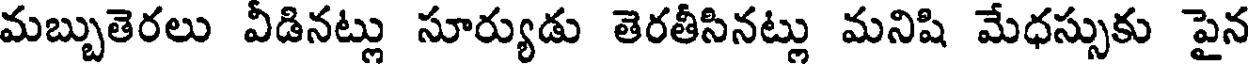
మబ్బుతెరలు వీడినట్లు సూర్యుడు తెరతీసినట్లు మనిషి మేధస్సుకు పైన